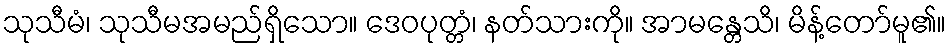
သုသီမံ၊ သုသီမအမည်ရှိသော။ ဒေဝပုတ္တံ၊ နတ်သားကို။ အာမန္တေသိ၊ မိန့်တော်မူ၏။